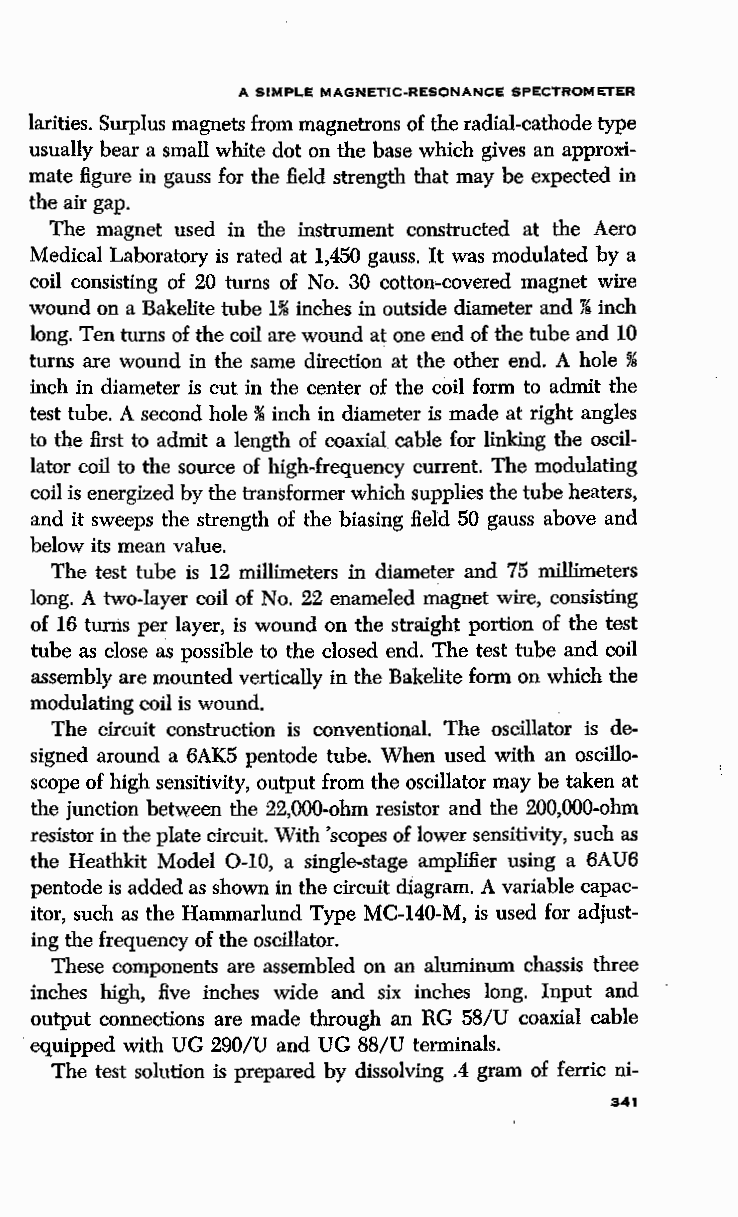
A SIMPLE MAGNETIC-RESONANCE SPECTROMETER
 larities. Surplus magnets from magnetrons of the radial-cathode type
 usually bear a small white dot on the base which gives an approxi
 mate figure in gauss for the field strength that may be expected in
 the air gap.
 The magnet used in the instrument constructed at the Aero
 Medical Laboratory is rated at 1,450 gauss. It was modulated by a
 coil consisting of 20 turns of No. 30 cotton-covered magnet wire
 wound on a Bakelite tube H8 inches in outside diameter and Jk inch
 long. Ten turns of the coil are wound at one end of the tube and 10
 turns are wound in the same direction at the other end. A hole 78
 inch in diameter is cut in the center of the coil form to admit the
 test tube, A second hole %i nch in diameter is made at right angles
 to the first to admit a length of coaxial cable for linking the oscil
 lator coil to the source of high-frequency current. The modulating
 coil is energized by the transformer which supplies the tube heaters,
 and it sweeps the strength of the biasing field 50 gauss above and
 below its mean value.
 The test tube is 12 millimeters in diameter and 75 millimeters
 long. A two-layer coil of No. 22 enameled magnet wire, consisting
 of 16 turns per layer, is wound on the straight portion of the test
 tube as close as possible to the closed end. The test tube and coil
 assembly are mounted vertically in the Bakelite form on which the
 modulating coil is wound.
 The circuit construction is conventional. The oscillator is de
 signed around a 6AK5 pentode tube. When used with an oscillo
 scope of high sensitivity, output from the oscillator may be taken at
 the junction between the 22,000-ohm resistor and the 200,000-ohm
 resistor in the plate circuit. With 'scopes of lower sensitivity, such as
 the Heathkit Model 0-10, a single-stage amplifier using a 6AU6
 pentode is added as shown in the circuit diagram. A variable capac
 itor, such as the Hammarlund Type MC-140-M, is used for adjust
 ing the frequency of the oscillator.
 These components are assembled on an aluminum chassis three
 inches high, five inches wide and six inches long. Input and
 output connections are made through an RG 58/U coaxial cable
 equipped with UG 290/U and UG 88/U terminals.
 The test solution is prepared by dissolving .4 gram of ferric ni-
 341